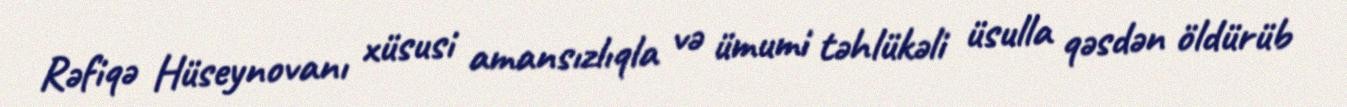
Rəfiqə Hüseynovanı xüsusi amansızlıqla və ümumi təhlükəli üsulla qəsdən öldürüb